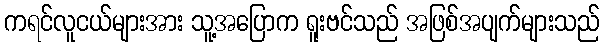
ကရင်လူငယ်များအား သူ့အပြောက ရူးဗင်သည် အဖြစ်အပျက်များသည်